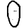
Digit: 0